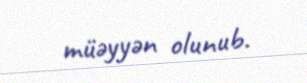
müəyyən olunub.